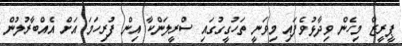
ޕީރީޒް މިހެން ވިދާޅުވެފައި މިވަނީ ތަހުގީގުގައި ސްރީލަންކާ އިން ފުރިހަމަ އަށް އެއްބާރުލުން